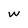
Character: W